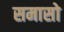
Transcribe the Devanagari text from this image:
समासो